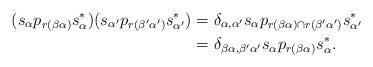
LaTeX: \begin{align*}(s_{\alpha} p_{r(\beta \alpha)} s_{\alpha}^*) (s_{\alpha'} p_{r(\beta' \alpha')} s_{\alpha'}^*) & = \delta_{\alpha, \alpha'} s_{\alpha} p_{r(\beta \alpha) \cap r(\beta' \alpha')} s_{\alpha'}^*\\& =\delta_{\beta \alpha, \beta' \alpha'} s_{\alpha} p_{r(\beta \alpha)} s_{\alpha}^*.\end{align*}